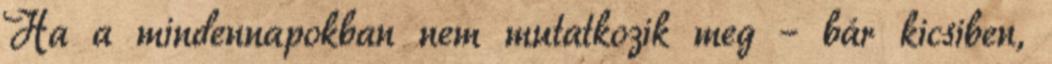
Ha a mindennapokban nem mutatkozik meg – bár kicsiben,